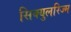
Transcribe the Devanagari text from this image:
सिक्युलरिज्म